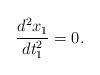
LaTeX: \begin{align*}\frac{d^2x_1}{dt_1^2}=0.\end{align*}